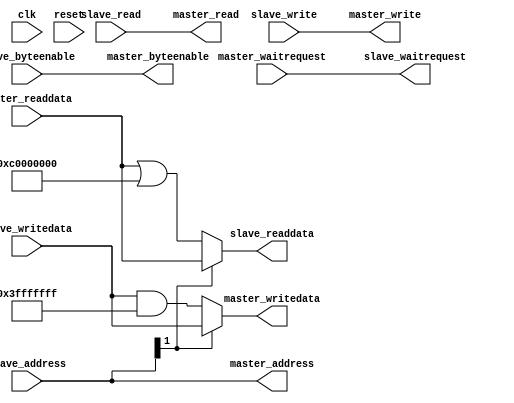
module altera_up_avalon_video_dma_ctrl_addr_trans (
	clk,
	reset,
	slave_address,
	slave_byteenable,
	slave_read,
	slave_write,
	slave_writedata,
	master_readdata,
	master_waitrequest,
	slave_readdata,
	slave_waitrequest,
	master_address,
	master_byteenable,
	master_read,
	master_write,
	master_writedata
);
parameter ADDRESS_TRANSLATION_MASK	= 32'hC0000000;
input					clk;
input					reset;
input			[ 1: 0]	slave_address;
input			[ 3: 0]	slave_byteenable;
input					slave_read;
input					slave_write;
input			[31: 0]	slave_writedata;
input			[31: 0]	master_readdata;
input					master_waitrequest;
output			[31: 0]	slave_readdata;
output					slave_waitrequest;
output			[ 1: 0]	master_address;
output			[ 3: 0]	master_byteenable;
output					master_read;
output					master_write;
output			[31: 0]	master_writedata;
assign slave_readdata		= (slave_address[1] == 1'b0) ? 
								master_readdata | ADDRESS_TRANSLATION_MASK :
								master_readdata;
assign slave_waitrequest	= master_waitrequest;
assign master_address		= slave_address;
assign master_byteenable	= slave_byteenable;
assign master_read			= slave_read;
assign master_write			= slave_write;
assign master_writedata		= (slave_address[1] == 1'b0) ?
								slave_writedata & ~ADDRESS_TRANSLATION_MASK :
								slave_writedata;
endmodule